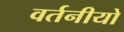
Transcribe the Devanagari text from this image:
वर्तनीयो